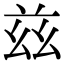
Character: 兹